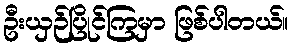
ဦးယှဉ်ပြိုင်ကြမှာ ဖြစ်ပါတယ်။